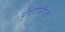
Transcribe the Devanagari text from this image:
पृथिवीबोधक